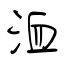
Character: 洫